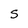
Character: S